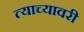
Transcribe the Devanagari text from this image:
त्याच्यावरी